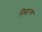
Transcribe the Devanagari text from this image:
विद्याल्य